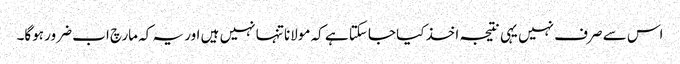
اس سے صرف نہیں یہی نتیجہ اخذ کیا جاسکتا ہے کہ مولانا تنہا نہیں ہیں اور یہ کہ مارچ اب ضرور ہوگا۔